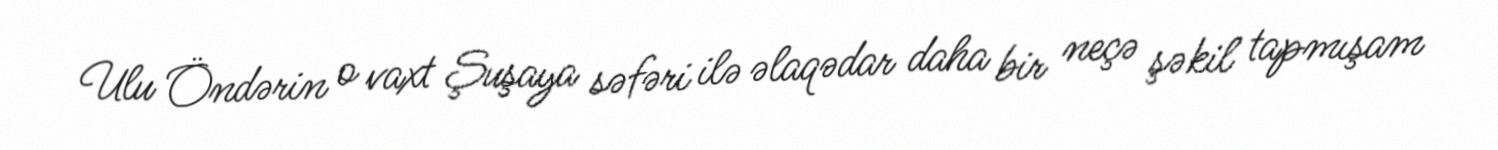
Ulu Öndərin o vaxt Şuşaya səfəri ilə əlaqədar daha bir neçə şəkil tapmışam